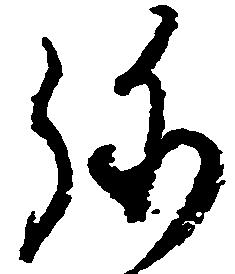
弥